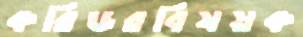
করিডরবিষয়ক